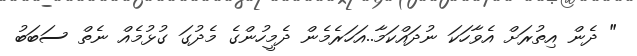
" ދެން އިތުރަށް އެވާހަކަ ނުދައްކަމާ..އަހަރެމެން ދެމީހުންގެ މެދުގަ ގުޅުމެއް ނެތް ސަބަބު